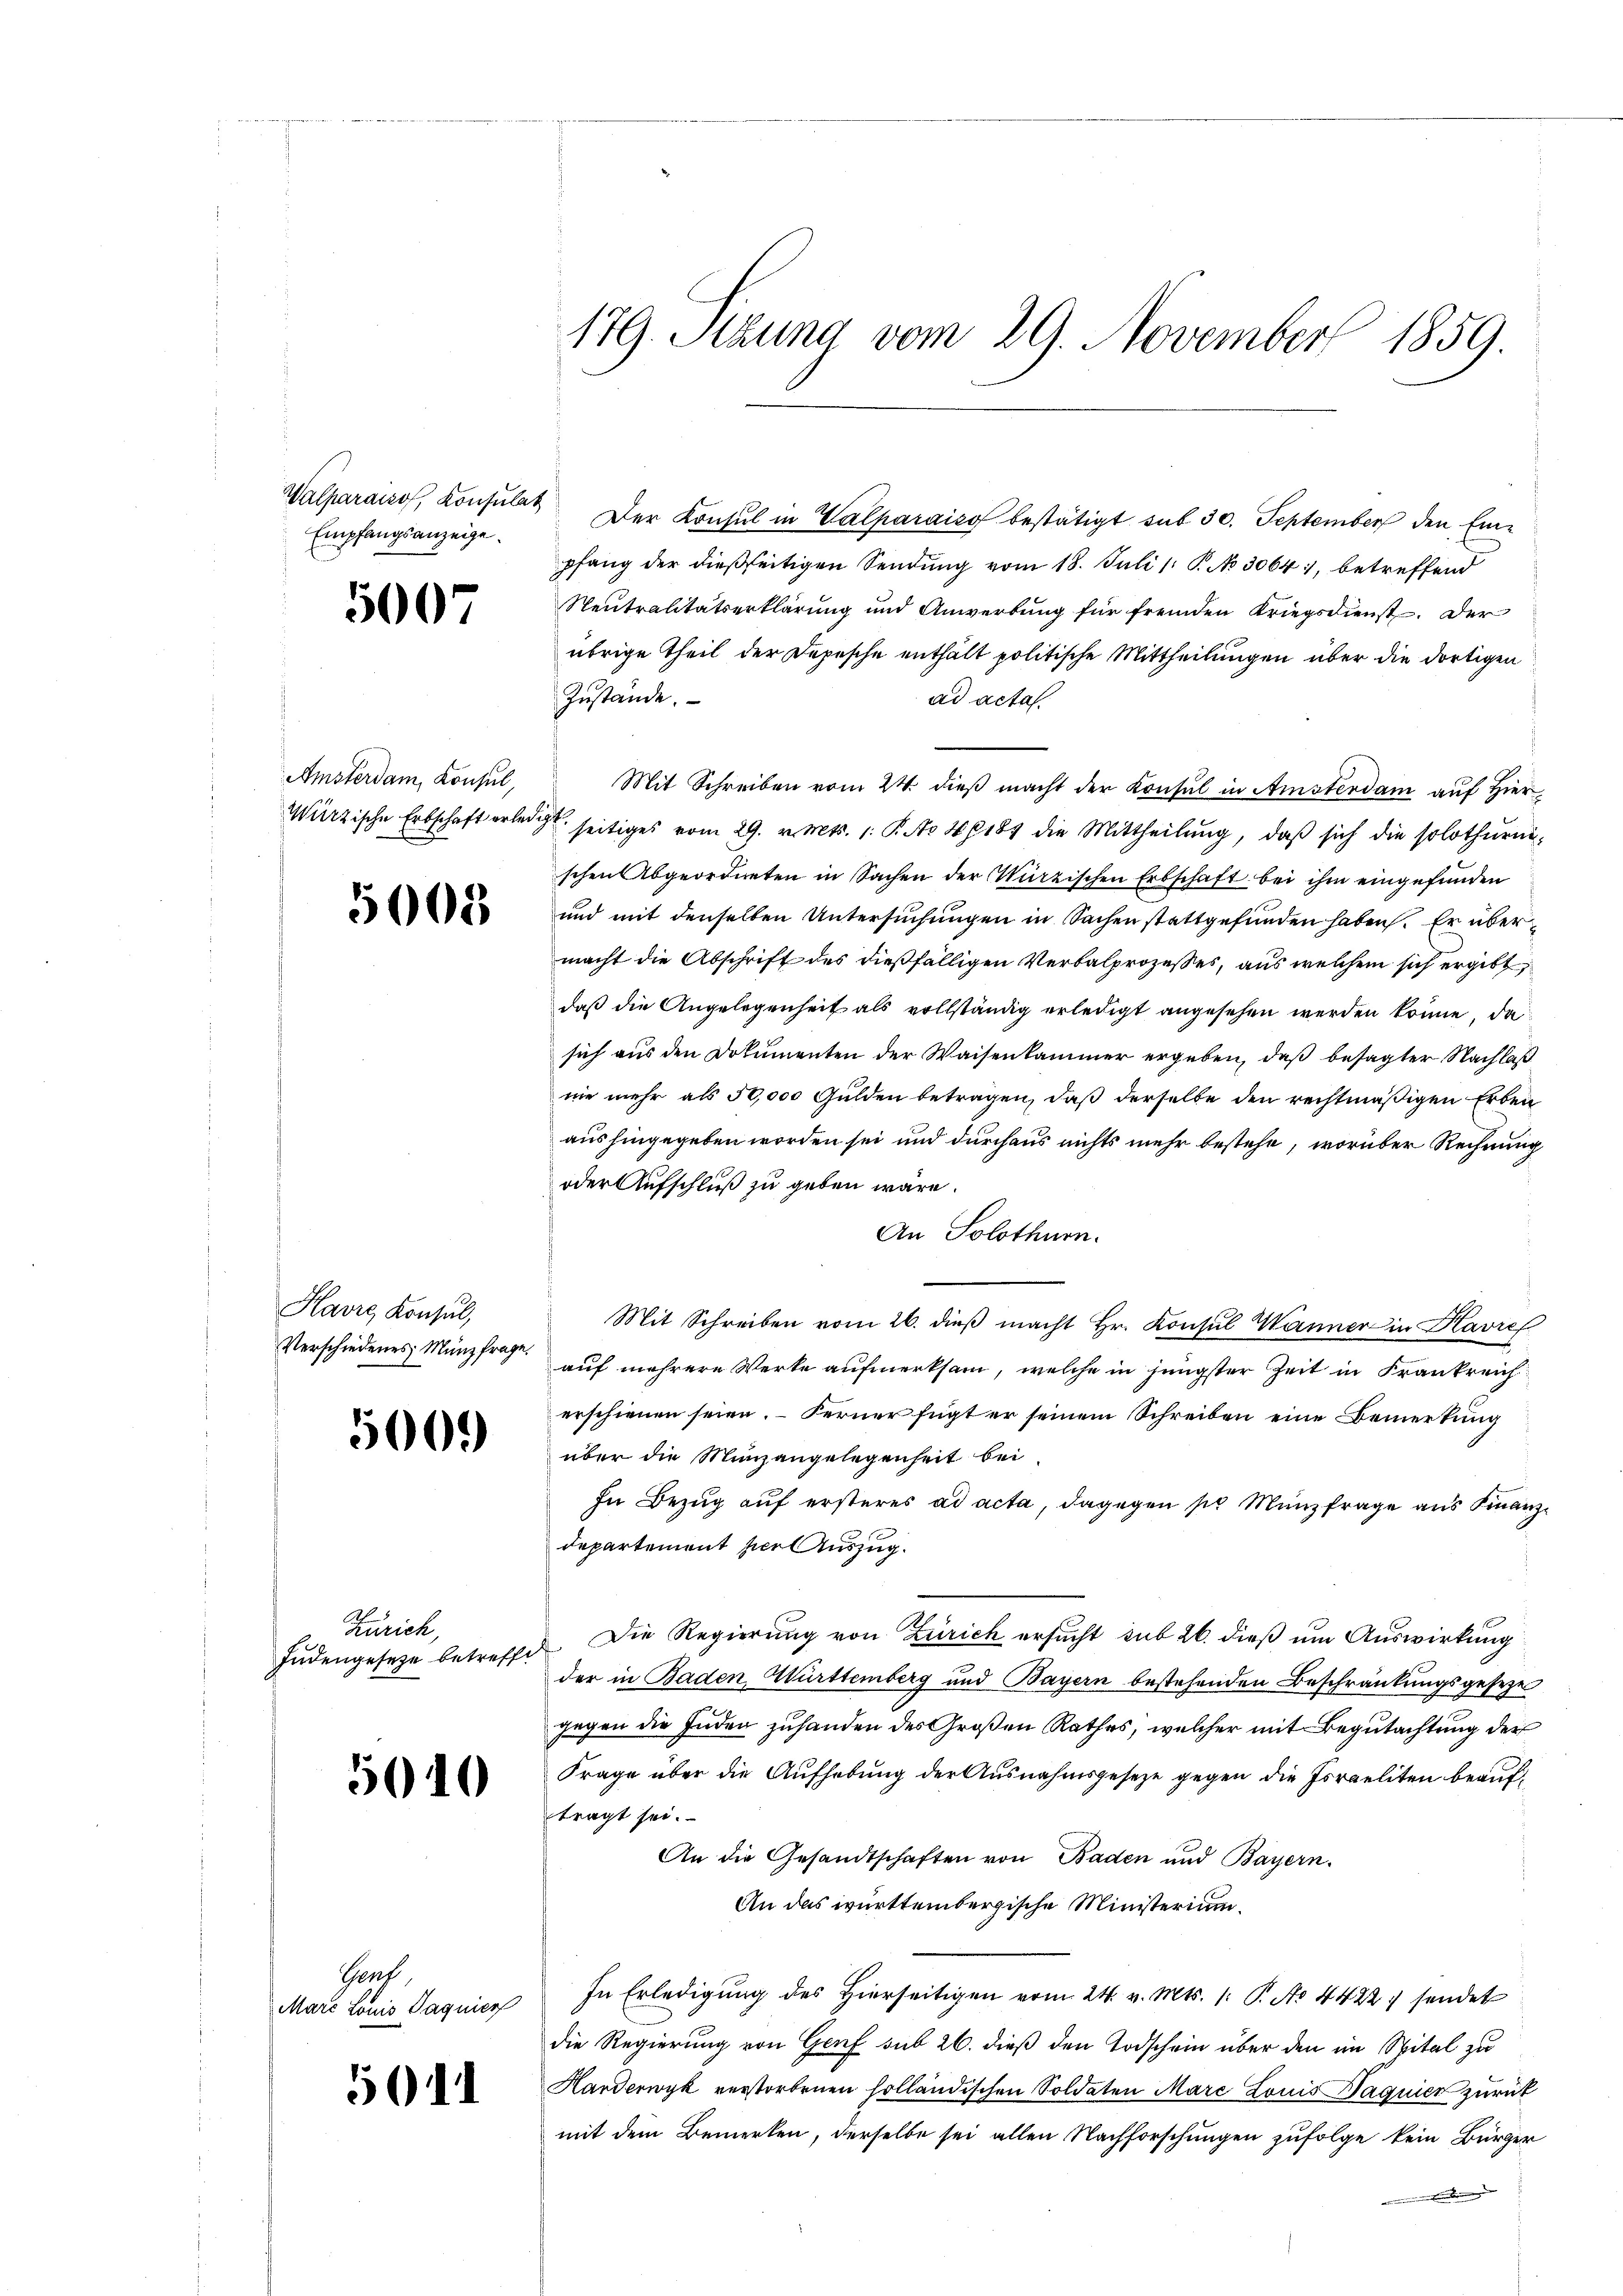
Empfangsanzeige.

5007

Amsterdam Konsul,

5008

Havre Konsul,
Verschiedenes Münzfrage.

5000

Zürich,
Judengesetze betreff

5010

Sch

5011

pfang der dießseitigen Sendung vom 18. Juli 1 S. No 3064), betreffend
Neutralitätserklärung und Anwerbung für fremden Kriegsdienst. Der
übrige Theil der Depesche enthält politische Mittheilungen über die dortigen
Zustände.
ad acta.
Mit Schreiben vom 24. dieß macht der Konsul in Amsterdam auf Hier¬
Wirzische Erbschaft erledigt seitiges vom 29. v. Mts. 1. P. No 48181 die Mittheilŭng, daβ sich die solothŭrn-
schen Abgeordneten in Sachen der Wirzischen Erbschaft bei ihm eingefunden
und mit denselben Untersŭchŭngen in Sachen stattgefunden haben. Er übermacht die Abschrift des dießfälligen Verbalprozesses, aus welchem sich ergibt,
daß die Angelegenheit als vollständig erledigt angesehen werden könne, da
sich aus den Dokumenten der Waisenkammer ergeben, daß besagter Nachlaß
nie mehr als 50,000 Gulden betragen, daß derselbe den rechtmäßigen Erben
aushingegeben worden sei und durchaus nichts mehr bestehe, worüber Rechnung
oder Aufschluß zu geben wäre.
An Solothurn.
Mit Schreiben vom 26. dieß macht Hr. Konsul Wanner in Havref
auf mehrere Werke aufmerksam, welche in jüngster Zeit in Frankreich
erschienen seien. – Ferner fügt er seinem Schreiben eine Bemerkung
über die Munzangelegenheit bei
In Bezug auf ersteres ad acta, dagegen sie Münzfrage aus Finanzdepartement per Auszug.
. Die Regierung von Zürich ersucht sub 26. dieß um Auswirkung
der in Baden, Württemberg und Bayern bestehenden Beschränkungsgeseze
gegen die Juden zuhanden des Großen Rathes, welcher mit Begutachtung der
Frage über die Aufhebung der Ausnahmsgesetze gegen die Israeliten beauftragt sei.
An die Gesandtschaften von Baden und Bayern.
An das württembergische Ministerium.
Marc Louis Jaquicz In Erledigung des Hierseitigen vom 24. v. Mts. 1. P. No 4422, sendet
die Regierung von Genf sub 26. dieß den Todschein über den im Spital zu
Harderwyk verstorbenen holländischen Soldaten Mare Louis Bagnier zurück
mit dem Bemerken, derselbe sei allen Nachforschungen zufolge kein Bürger

179. Stzung vom 29. November 1859.

Walparaison, Konsulat Der Konsul in Valparaić bestätigt sub 30. September den Ein¬